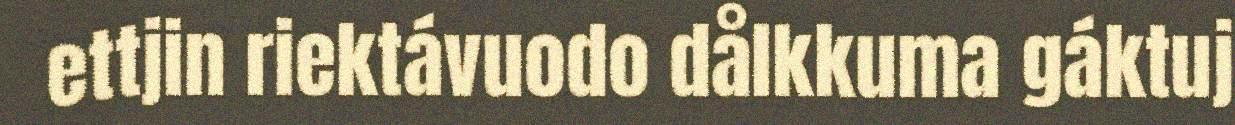
ettjin riektávuodo dålkkuma gáktuj